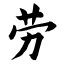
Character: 劳